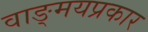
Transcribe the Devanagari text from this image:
वाङ्‌मयप्रकार